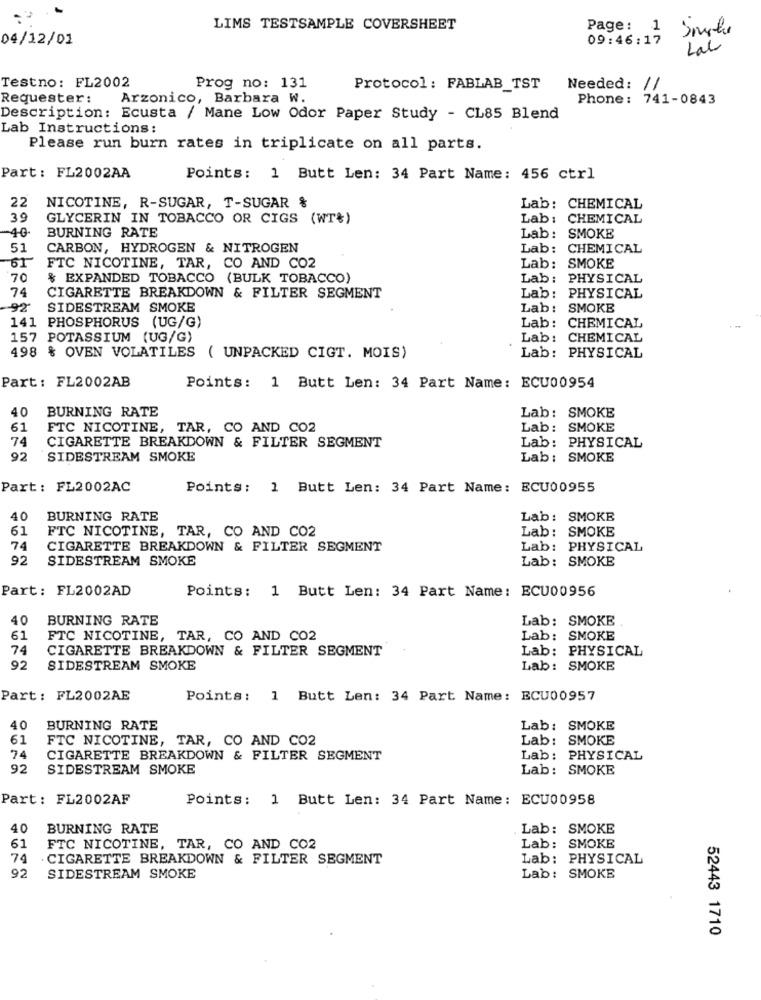
LIMS TESTSAMPLE COVERSHEET
Page: 1
04/12/01
09:46:17
Lab
Testno: FL2002
Prog no: 131
Protocol: FABLAB_TST
Needed: //
Requester:
Arzonico, Barbara W.
Phone: 741-0843
Description: Ecusta / Mane Low Odor Paper Study - CL85 Blend
Lab Instructions:
Please run burn rates in triplicate on all parts.
Part: FL2002AA
Points: 1 Butt Len: 34 Part Name: 456 ctrl
22
NICOTINE, R-SUGAR, T-SUGAR %
Lab: CHEMICAL
39
GLYCERIN IN TOBACCO OR CIGS (WT%)
Lab: CHEMICAL
-40-
BURNING RATE
Lab: SMOKE
51
CARBON, HYDROGEN & NITROGEN
Lab: CHEMICAL
51
FTC NICOTINE, TAR, CO AND CO2
Lab: SMOKE
70
$ EXPANDED TOBACCO (BULK TOBACCO)
Lab: PHYSICAL
74
CIGARETTE BREAKDOWN & FILTER SEGMENT
Lab: PHYSICAL
92.
SIDESTREAM SMOKE
Lab: SMOKE
141 PHOSPHORUS (UG/G)
Lab: CHEMICAL
157 POTASSIUM (UG/G)
Lab: CHEMICAL
498 % OVEN VOLATILES ( UNPACKED CIGT. MOIS)
Lab: PHYSICAL
Part: FL2002AB
Points: 1 Butt Len: 34 Part Name: ECU00954
40
BURNING RATE
Lab: SMOKE
61
FTC NICOTINE, TAR, CO AND CO2
Lab: SMOKE
74
CIGARETTE BREAKDOWN & FILTER SEGMENT
Lab: PHYSICAL
92
SIDESTREAM SMOKE
Lab: SMOKE
Part: FL2002AC
Points: 1 Butt Len: 34 Part Name: ECU00955
40
BURNING RATE
Lab: SMOKE
61
FTC NICOTINE, TAR, CO AND CO2
Lab: SMOKE
74
CIGARETTE BREAKDOWN & FILTER SEGMENT
Lab: PHYSICAL
92
SIDESTREAM SMOKE
Lab: SMOKE
Part: FL2002AD
Points: 1 Butt Len: 34 Part Name: ECU00956
40
BURNING RATE
Lab: SMOKE
61
FTC NICOTINE, TAR, CO AND CO2
Lab: SMOKE
74
CIGARETTE BREAKDOWN & FILTER SEGMENT
Lab: PHYSICAL
92
SIDESTREAM SMOKE
Lab: SMOKE
Part: FL2002AE
Points :
1 Butt Len: 34 Part Name: ECU00957
40
BURNING RATE
Lab: SMOKE
61
FTC NICOTINE, TAR, CO AND CO2
Lab: SMOKE
74
CIGARETTE BREAKDOWN & FILTER SEGMENT
Lab: PHYSICAL
92
SIDESTREAM SMOKE
Lab: SMOKE
Part: FL2002AF
Points: 1 Butt Len: 34 Part Name: ECU00958
40
BURNING RATE
Lab: SMOKE
61
FTC NICOTINE, TAR, CO AND CO2
Lab: SMOKE
74
CIGARETTE BREAKDOWN & FILTER SEGMENT
Lab: PHYSICAL
92
SIDESTREAM SMOKE
Lab: SMOKE
52443 1710